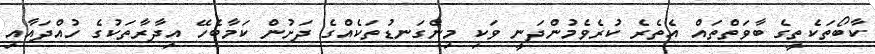
ކާބޯތަކެތީގެ ބާވަތްތައް އެތެރެ ކުރެވެމުންދަނީ ވަކި މިންގަނޑުތަކެއްގެ ދަށުން ކަމާބެހޭ އިދާރާތަކުގެ ހުއްދައާއި